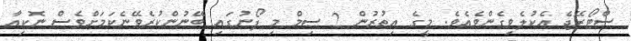
ސްޓޯރޭޖެ އެކުލެވިގެންވެއެވެ. މީގެ އިތުރުން 2 ސިމް މި ފޯނުގައި ބޭނުންކުރެވޭނެކަމަށްވެސް ނޮކިއާ